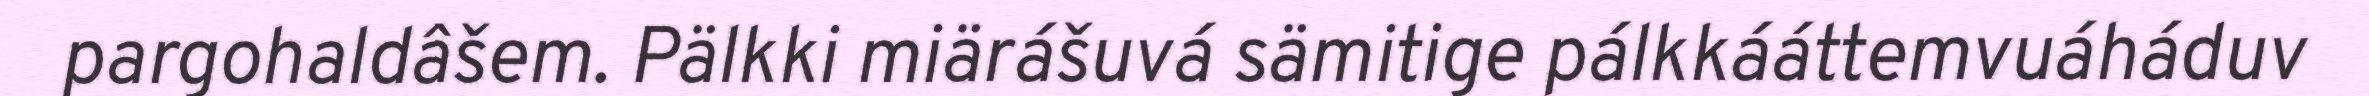
pargohaldâšem. Pälkki miärášuvá sämitige pálkkááttemvuáháduv